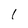
Character: I